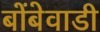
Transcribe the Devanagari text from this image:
बोंबेवाडी